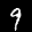
Label: 9